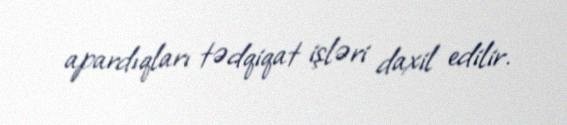
apardıqları tədqiqat işləri daxil edilir.